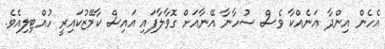
އެހެން އިންދާ އަނެއްކާ ވެސް ސުހާނާ އޭނާއަށް ގޮވާލާފައި އައިސް ކާމޭޒުކައިރީ ހުއްޓިލިއެވެ.